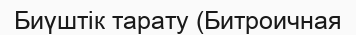
Биүштік тарату (Битроичная